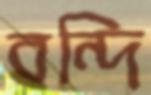
বন্দি